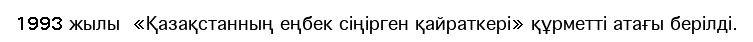
1993 жылы  «Қазақстанның еңбек сіңірген қайраткері» құрметті атағы берілді.